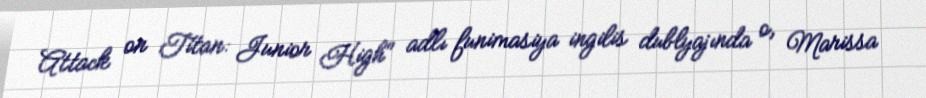
Attack on Titan: Junior High" adlı funimasiya ingilis dublyajında o, Marissa